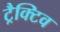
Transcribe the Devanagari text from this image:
ट्रैक्टिव